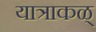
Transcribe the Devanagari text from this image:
यात्राकळ्